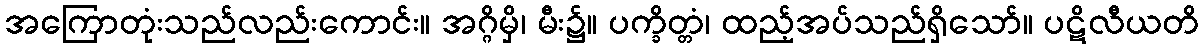
အကြောတုံးသည်လည်းကောင်း။ အဂ္ဂိမှိ၊ မီး၌။ ပက္ခိတ္တံ၊ ထည့်အပ်သည်ရှိသော်။ ပဋိလီယတိ